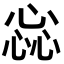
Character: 惢